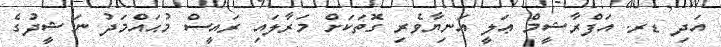
އަދި ޑރ. އަފްރާޝީމް ޢަލީ އަނިޔާވެރި ގޮތަކަށް މަރާލައި ރައީސް މުޙައްމަދު ނަޝީދުގެ